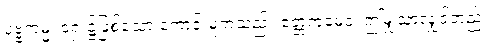
ပုဗ္ဗကမ္မံ၊ ရှေး၌ဖြစ်သော ကောင်းမှုကံသည်။ ဧတ္တကမေဝ၊ ဤမျှသာလျှင်တည်း။